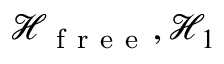
\mathcal { H } _ { \mathrm { ~ f ~ r ~ e ~ e ~ } } , \mathcal { H } _ { 1 }